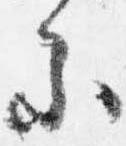
参